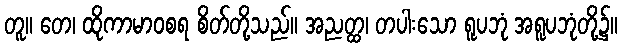
တူ။ တေ၊ ထိုကာမာဝစရ စိတ်တို့သည်။ အညတ္ထ၊ တပါးသော ရူပဘုံ အရူပဘုံတို့၌။